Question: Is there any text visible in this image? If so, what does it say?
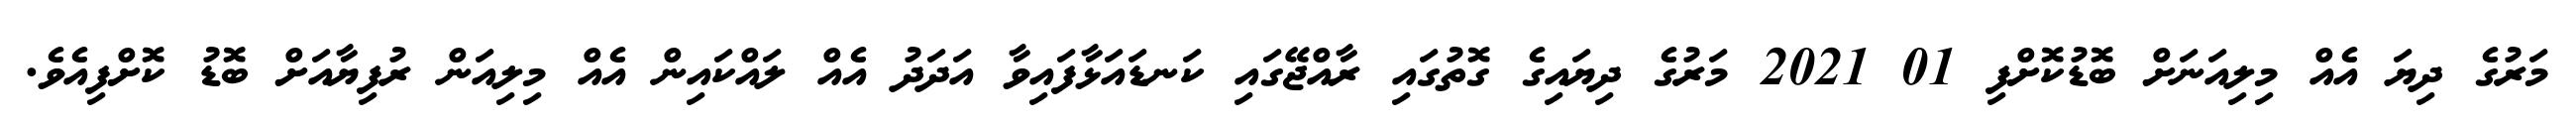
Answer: މަރުގެ ދިޔަ އެއް މިލިއަނަށް ބޮޑުކޮށްފި 01 2021 މަރުގެ ދިޔައިގެ ގޮތުގައި ރާއްޖޭގައި ކަނޑައަޅާފައިވާ އަދަދު އެއް ލައްކައިން އެއް މިލިއަން ރުފިޔާއަށް ބޮޑު ކޮށްފިއެވެ.